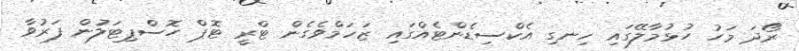
ރޯދަ މަހު ހުޅުމާލޭގައި ހިނގި އެކްސިޑެންޓެއްގައި ޒަހަމްވެގެން ޓްރީ ޓޮޕް ހޮސްޕިޓަލުން ފަރުވާ